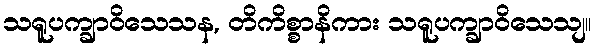
သရူပက္ချာဝိသေသန, တိကိစ္စာနိကား သရူပက္ချာဝိသေသျ။